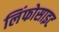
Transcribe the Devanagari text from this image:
लिंफोसाइट